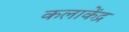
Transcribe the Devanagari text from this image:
कलाकेंद्र